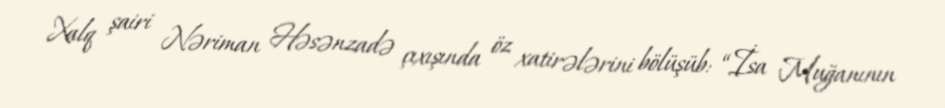
Xalq şairi Nəriman Həsənzadə çıxışında öz xatirələrini bölüşüb: “İsa Muğanının